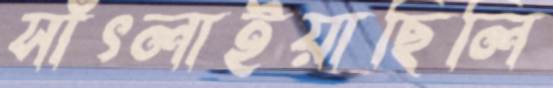
সাঁৎলাইয়াছিলি